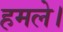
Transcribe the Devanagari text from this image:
हमले।